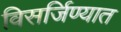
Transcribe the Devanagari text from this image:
विसर्जिण्यात